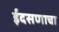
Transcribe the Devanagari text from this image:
ईदसणाचा